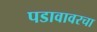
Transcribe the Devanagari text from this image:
पडावावरचा